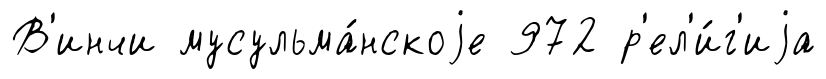
В'инчи мусульма́нскоjе 972 р'ел'и́г'иjа